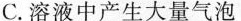
C.溶液中产生大量气泡